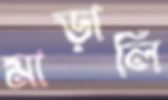
মাড়ালি